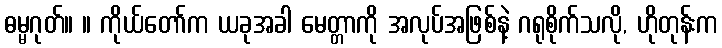
ဓမ္မဂုတ်။ ။ ကိုယ်တော်က ယခုအခါ မေတ္တာကို အလုပ်အဖြစ်နဲ့ ဂရုစိုက်သလို, ဟိုတုန်းက